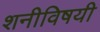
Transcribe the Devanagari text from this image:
शनीविषयी